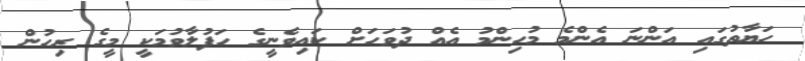
ހަޔާތުގައި އަންނަ އެންމެ މުހިންމު އެއް ދުވަހަށް ކައިވެނީގެ ހަފުލާވުމަކީ މީގެ ރިހުން